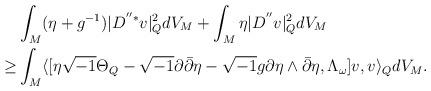
LaTeX: \begin{align*}&\int_M (\eta+g^{-1})|D^{''*}v|^2_QdV_M+\int_M \eta|D^{''}v|^2_QdV_M \\\ge &\int_M \langle[\eta \sqrt{-1}\Theta_Q-\sqrt{-1}\partial \bar{\partial}\eta-\sqrt{-1}g\partial\eta \wedge\bar{\partial}\eta, \Lambda_{\omega}]v,v\rangle_QdV_M.\end{align*}